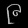
Digit: ၉